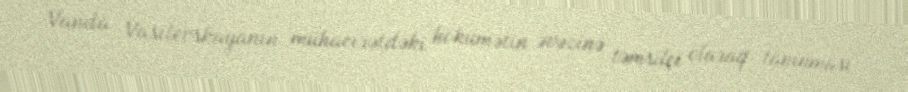
Vanda Vasilevskayanın mühacirətdəki hökumətin əvəzinə təmsilçi olaraq tanınması